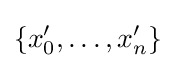
\{x'_{0},\dots ,x'_{n}\}